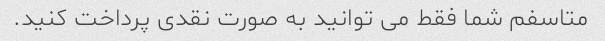
متاسفم شما فقط می توانید به صورت نقدی پرداخت کنید.